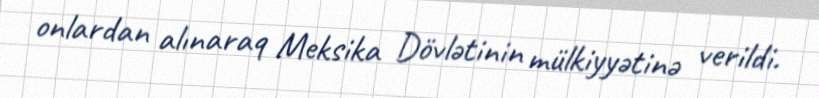
onlardan alınaraq Meksika Dövlətinin mülkiyyətinə verildi.